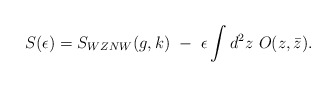
\begin{align*}S(\epsilon)=S_{WZNW}(g,k)~-~\epsilon\int d^2z~O(z,\bar z).\end{align*}